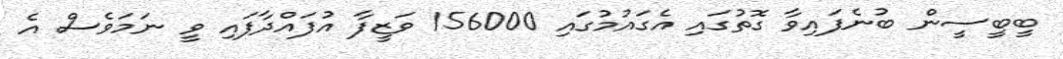
ބީބީސީން ބުނެފައިވާ ގޮތުގައި އެގައުމުގައި 156000 ވަޒީފާ އުފައްދާފައި ވީ ނަމަވެސް އެ